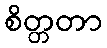
စိတ္တတာ